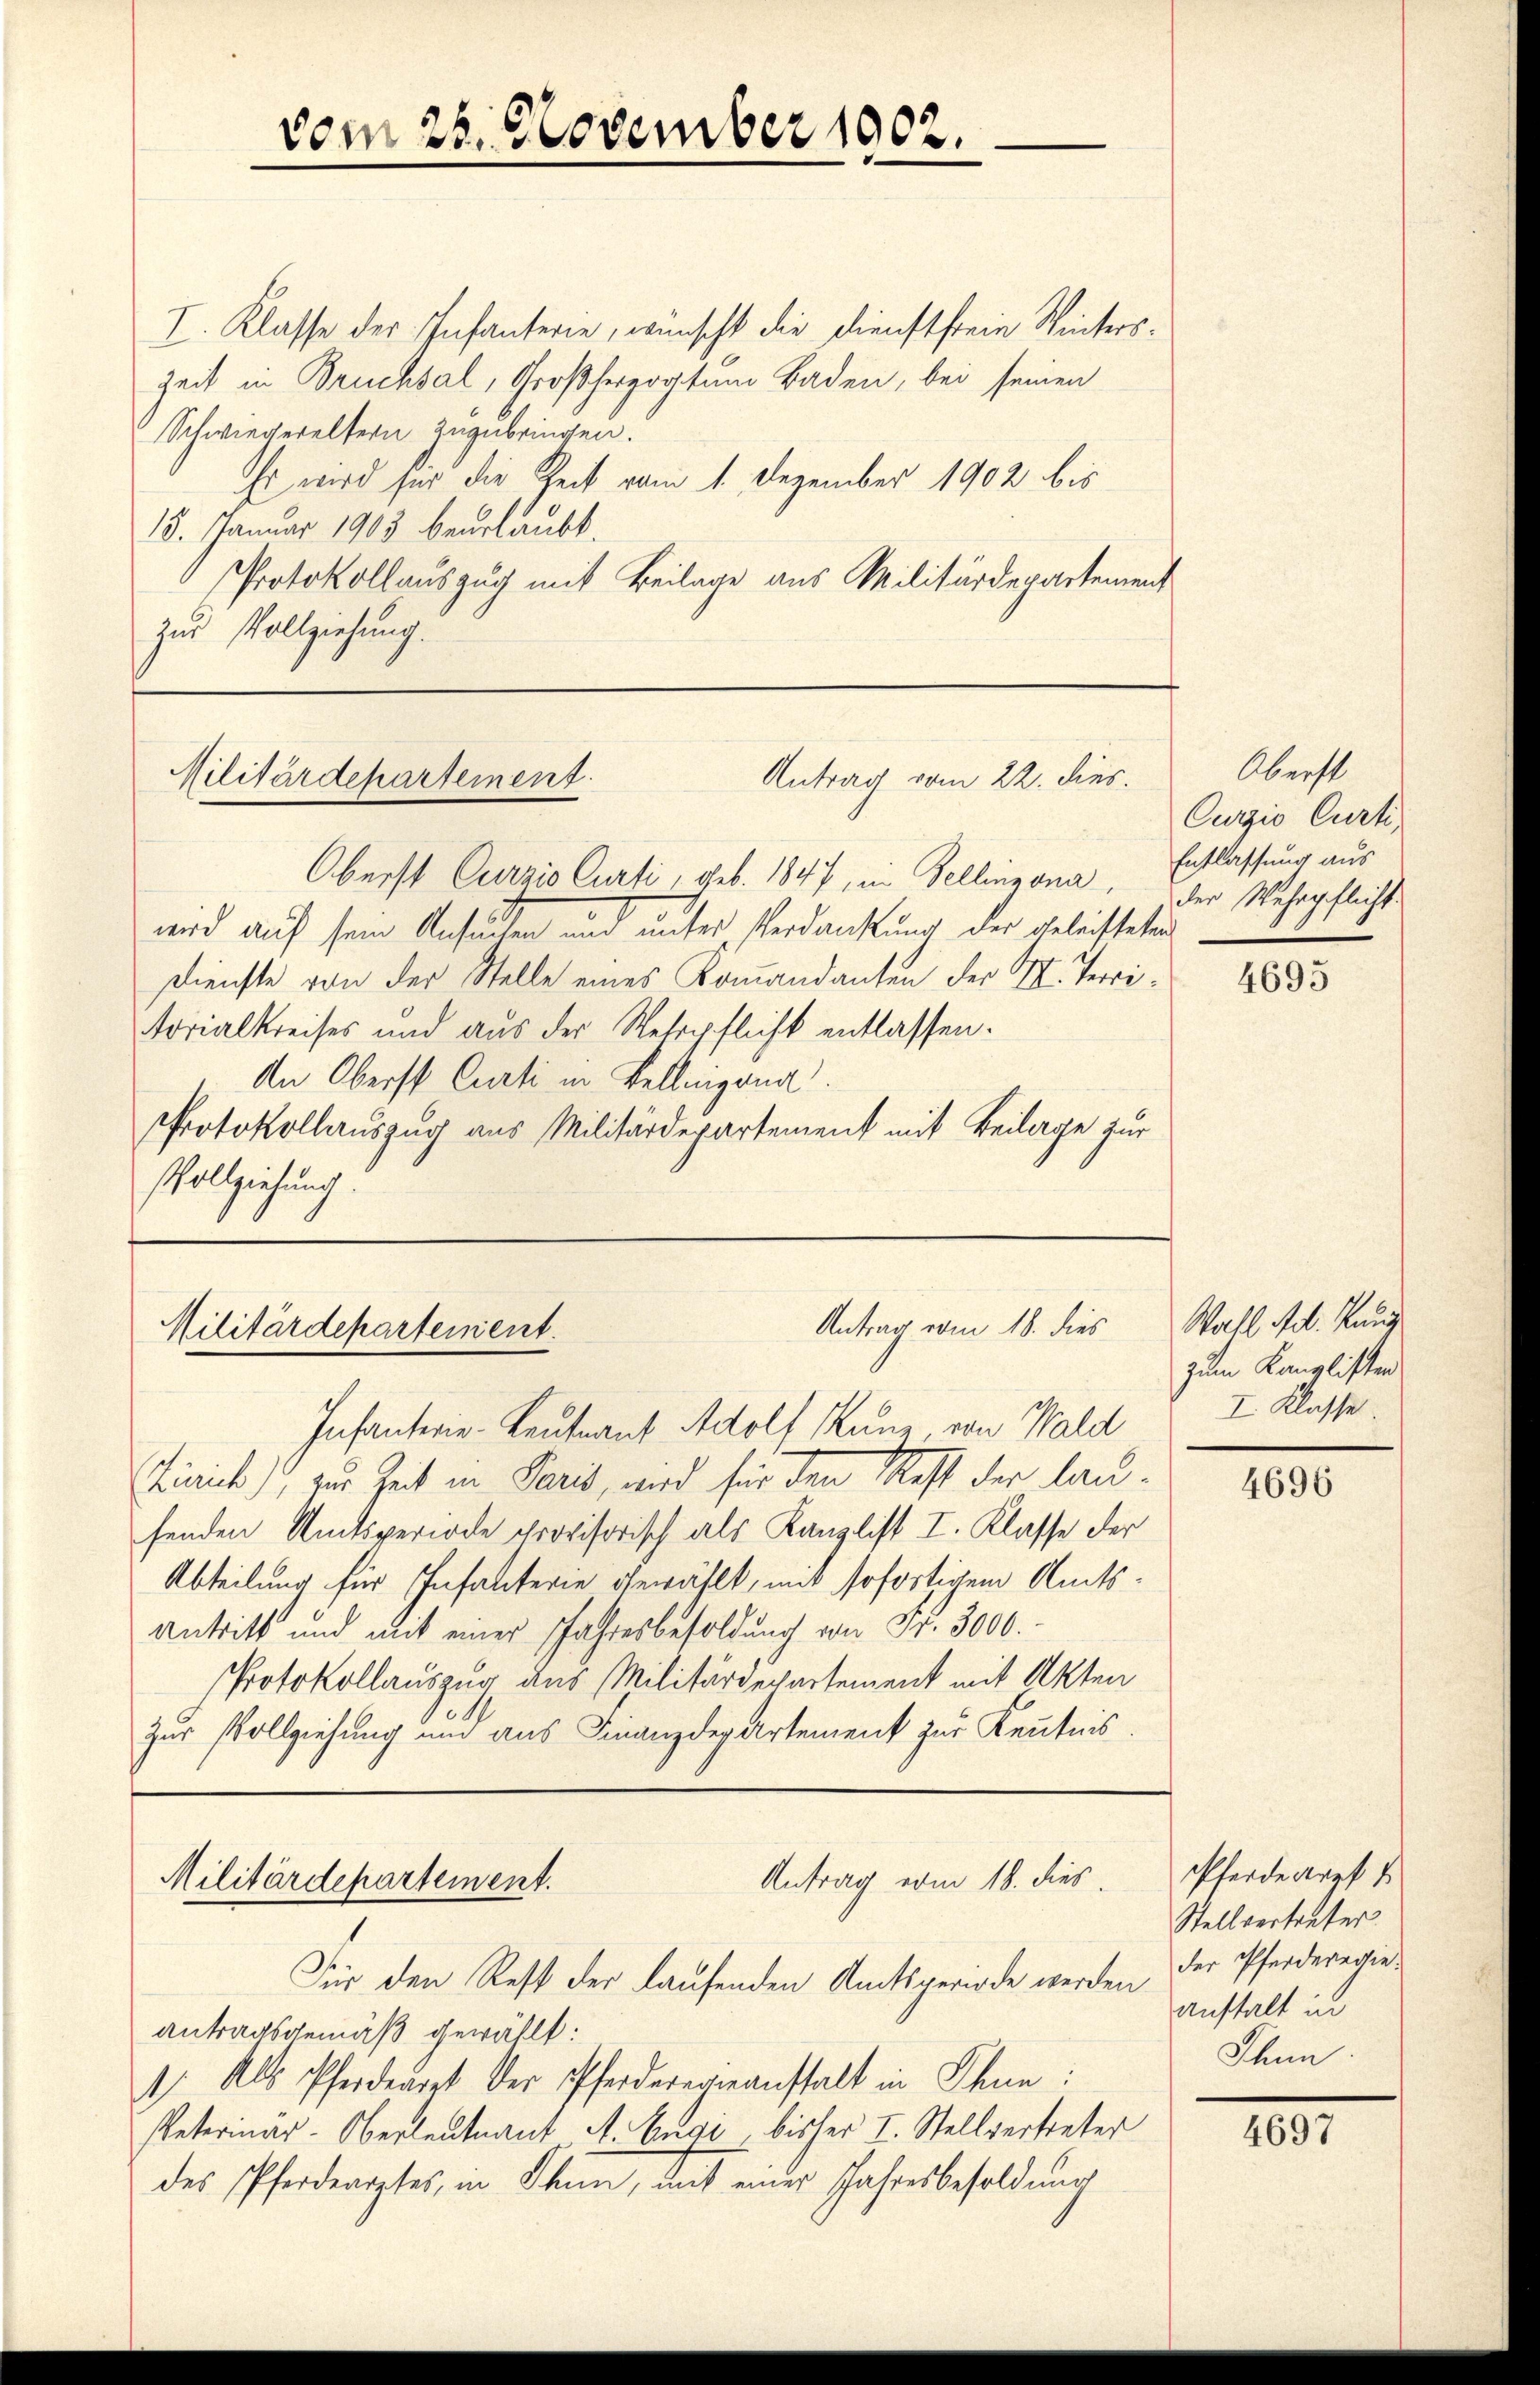
I. Klasse des Infanterie, wünscht die Dienstfreie Winters¬
Zeit in Bruchsal Großherzogtum Baden, bei seinen
Schwiegereltern zuzubringen.
Ihr wird für die Zeit vom 1. Dezember 1902 bis
15. Januar 1903 beurlaubt.
Protokollauszug mit Beilage aus Militärdepartement
zur Vollziehung.

Oberst Curzio Curti, geb. 1847, in Bellinzona,
wird auf sein Ansuchen und unter Verdankung der geleisteten
Dienste von der Stelle eines Kommandanten der II. Territorialkreises und aus der Wehrpflicht entlassen.
An Oberst Curti in Bellingang
Protokollauszug aus Militärdepartement mit Beilage zur
Vollziehung.

vom 28. November 1902.

Militärdepartement.
Antrag vom 22. dies

Antrag vom 18. dies
Militärdepartement.
Infanterie-Leutnant Adolf Kunz von Wald

Kirich), zur Zeit in Paris, wird für den Rest der laufenden Amtsperiode provisorisch als Kanzlist I. Klasse der
Abteilung für Inhalterie gewählt, mit sofortigem Amts¬
Antritt und mit einer Jahresbesoldung von Fr. 3000.
Protokollauszug aus Militärdepartement mit Akten
Zur Vollziehung und aus Finanzdepartement zur Kentnis.

Antrag vom 18. dies
Militärdepartement.
Für den Rest der laufenden Amtsgeriode werden

antragsgemäß gewählt:
1) Als Pferdearzt der Pferderegeanstalt in Chun:
Petermar-Oberleutnant A. Engi bisher I. Stellvertreter
des Pferdearztes, in Thun, mit einer Jahresbesoldung

Oberst
Curzio Curti
Entlassung aus
der Wehrpflicht.

4695

Wahl Ad. Kunz
zum Kanzlisten
I. Klasse.

4696

Pferdearzt
Stellvertreter
der Pferderegie
anstalt in
Ihnn.

4697